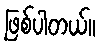
ဖြစ်ပါတယ်။